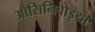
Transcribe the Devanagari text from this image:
ओसिनिबोइया